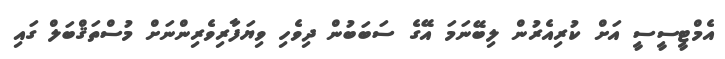
އެމްޓީސީސީ އަށް ކުރިއެރުން ލިބޭނަމަ އޭގެ ސަބަބުން ދިވެހި ވިޔަފާރިވެރިންނަށް މުސްތަޤްބަލް ގައި